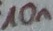
Text: 10n